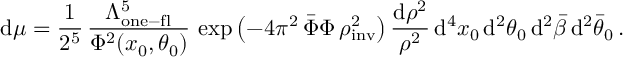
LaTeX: \mathrm { d } \mu = \frac { 1 } { 2 ^ { 5 } } \, \frac { \Lambda _ { \mathrm { o n e - f l } } ^ { 5 } } { \Phi ^ { 2 } ( x _ { 0 } , \theta _ { 0 } ) } \, \exp \left( - 4 \pi ^ { 2 } \, \bar { \Phi } \Phi \, \rho _ { \mathrm { i n v } } ^ { 2 } \right) \frac { \mathrm { d } \rho ^ { 2 } } { \rho ^ { 2 } } \, \mathrm { d } ^ { 4 } x _ { 0 } \, \mathrm { d } ^ { 2 } \theta _ { 0 } \, \mathrm { d } ^ { 2 } \bar { \beta } \, \mathrm { d } ^ { 2 } \bar { \theta } _ { 0 } \, .